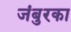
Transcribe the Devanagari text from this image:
जंबुरका